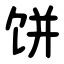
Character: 饼